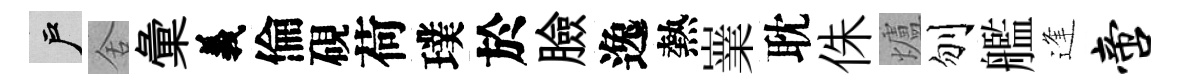
户舍彙義倫硯荷璞於臉逸熱嶪耽侏爐刎艦逢啻